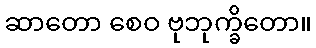
ဆာတော စေဝ ဗုဘုက္ခိတော။